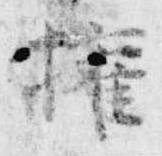
権